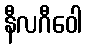
နီလဂီဝေါ